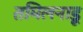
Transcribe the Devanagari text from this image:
तमिलनाड़ू